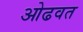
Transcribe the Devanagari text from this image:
ओढवत